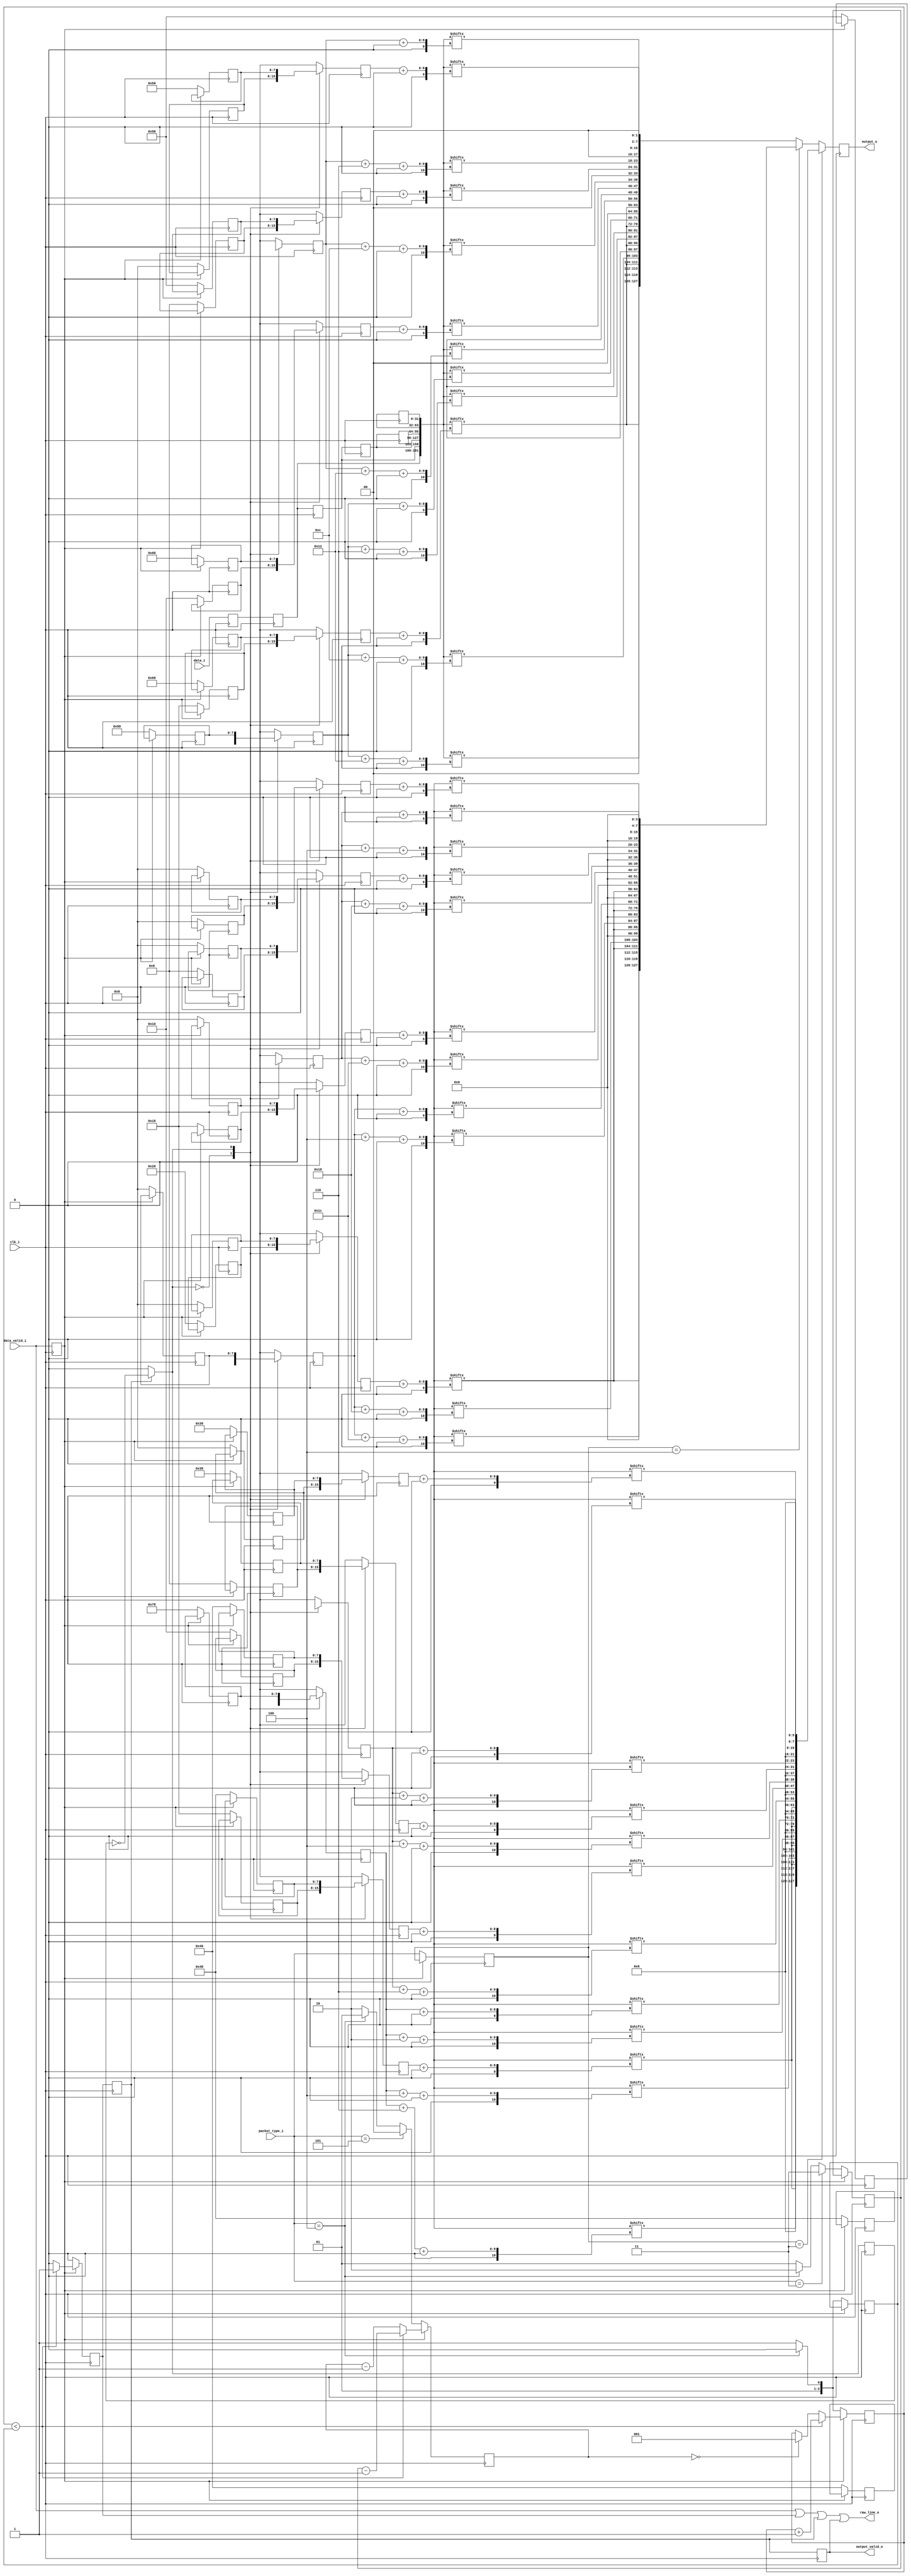
`timescale 1ns/1ns

/*
MIPI CSI RX to Parallel Bridge (c) by Gaurav Singh www.CircuitValley.com

MIPI CSI RX to Parallel Bridge is licensed under a
Creative Commons Attribution 3.0 Unported License.

You should have received a copy of the license along with this
work.  If not, see <http://creativecommons.org/licenses/by/3.0/>.
*/

/*
Receives 4 lane raw mipi bytes from packet decoder, rearrange bytes to output 8 pixel with max 16bit each 
output is few cycles delayed, because the way , MIPI RAW is packed 
output come in chunk on each clock cycle, output_valid_o remains active only while a chunk is outputted  while raw_line_o stays valid for whole line 
*/

module mipi_csi_rx_raw_depacker_8b4lane_8ppc #(parameter PIXEL_WIDTH=16)(clk_i,
										data_valid_i,
										data_i,
										packet_type_i,
										raw_line_o,
										output_valid_o,
										output_o);

localparam [7:0]MIPI_GEAR = 8;
localparam [3:0]LANES = 3'h4;
localparam [3:0]PIXEL_PER_CLK = 8;

localparam [7:0]MIPI_CSI_PACKET_10bRAW = 8'h2B;
localparam [7:0]MIPI_CSI_PACKET_12bRAW = 8'h2C;
localparam [7:0]MIPI_CSI_PACKET_14bRAW = 8'h2D;

input clk_i;
input data_valid_i;
input [((MIPI_GEAR * LANES) - 1'h1) : 0]data_i;
input [2:0]packet_type_i;

output reg output_valid_o;
output reg [((PIXEL_WIDTH * PIXEL_PER_CLK) - 1) :0]output_o;
output raw_line_o;

reg [7:0]index_table10_pixel_0[1:0];
reg [7:0]index_table10_pixel_1[1:0];
reg [7:0]index_table10_pixel_2[1:0];
reg [7:0]index_table10_pixel_3[1:0];
reg [7:0]index_table10_pixel_4[1:0];
reg [7:0]index_table10_pixel_5[1:0];
reg [7:0]index_table10_pixel_6[1:0];
reg [7:0]index_table10_pixel_7[1:0];
reg [7:0]index_table10_pixel_lsb1[1:0];
reg [7:0]index_table10_pixel_lsb2[1:0];

reg [7:0]index_table12_pixel_0[1:0];
reg [7:0]index_table12_pixel_1[1:0];
reg [7:0]index_table12_pixel_2[1:0];
reg [7:0]index_table12_pixel_3[1:0];
reg [7:0]index_table12_pixel_4[1:0];
reg [7:0]index_table12_pixel_5[1:0];
reg [7:0]index_table12_pixel_6[1:0];
reg [7:0]index_table12_pixel_7[1:0];
reg [7:0]index_table12_pixel_lsb1[1:0];
reg [7:0]index_table12_pixel_lsb2[1:0];

reg [7:0]index_table14_pixel_0[1:0];
reg [7:0]index_table14_pixel_1[1:0];
reg [7:0]index_table14_pixel_2[1:0];
reg [7:0]index_table14_pixel_3[1:0];
reg [7:0]index_table14_pixel_4[1:0];
reg [7:0]index_table14_pixel_5[1:0];
reg [7:0]index_table14_pixel_6[1:0];
reg [7:0]index_table14_pixel_7[1:0];
reg [7:0]index_table14_pixel_lsb1[3:0];
reg [7:0]index_table14_pixel_lsb2[3:0];

reg [7:0]offset10_pixel_0;
reg [7:0]offset10_pixel_1;
reg [7:0]offset10_pixel_2;
reg [7:0]offset10_pixel_3;
reg [7:0]offset10_pixel_4;
reg [7:0]offset10_pixel_5;
reg [7:0]offset10_pixel_6;
reg [7:0]offset10_pixel_7;
reg [7:0]offset10_pixel_lsb1;
reg [7:0]offset10_pixel_lsb2;

reg [7:0]offset12_pixel_0;
reg [7:0]offset12_pixel_1;
reg [7:0]offset12_pixel_2;
reg [7:0]offset12_pixel_3;
reg [7:0]offset12_pixel_4;
reg [7:0]offset12_pixel_5;
reg [7:0]offset12_pixel_6;
reg [7:0]offset12_pixel_7;
reg [7:0]offset12_pixel_lsb1;
reg [7:0]offset12_pixel_lsb2;

reg [7:0]offset14_pixel_0;
reg [7:0]offset14_pixel_1;
reg [7:0]offset14_pixel_2;
reg [7:0]offset14_pixel_3;
reg [7:0]offset14_pixel_4;
reg [7:0]offset14_pixel_5;
reg [7:0]offset14_pixel_6;
reg [7:0]offset14_pixel_7;
reg [7:0]offset14_pixel_lsb1;
reg [7:0]offset14_pixel_lsb2;

reg offset_index;

reg [((MIPI_GEAR * LANES) - 1'h1):0]last_data_i[5:0];
reg [2:0]byte_count;
reg [1:0]idle_count;

reg data_valid_reg;
reg [((MIPI_GEAR * LANES) - 1'h1):0]data_reg;
reg [2:0]burst_length_reg;
reg [1:0]idle_length_reg;
reg [2:0]packet_type_reg;

wire [2:0]burst_length;
wire [1:0]idle_length;
wire [((MIPI_GEAR * LANES * 4) - 1'h1) :0]pipe; //combined current and last input data byte, total 4 sample of input data are in pipe
wire [((MIPI_GEAR * LANES * 6) - 1'h1) :0]pipe14; //combined current and last input data byte, total 4 sample of input data are in pipe

reg [((PIXEL_WIDTH * PIXEL_PER_CLK) - 1'h1) :0]output_10b;
reg [((PIXEL_WIDTH * PIXEL_PER_CLK) - 1'h1) :0]output_12b;
reg [((PIXEL_WIDTH * PIXEL_PER_CLK) - 1'h1) :0]output_14b;
reg output_valid_reg;
reg output_valid_reg_2;


assign pipe10 = {data_reg , last_data_i[0], last_data_i[1], last_data_i[2]}; //would need last bytes as well as current data to get all pixels
assign pipe12 = {data_reg , last_data_i[0], last_data_i[1], last_data_i[2]}; //would need last bytes as well as current data to get all pixels
assign pipe14 = {data_reg , last_data_i[0], last_data_i[1], last_data_i[2], last_data_i[3], last_data_i[4], last_data_i[5]}; //would need last bytes as well as current data to get all pixels

//Data on mipi RAW lanes is packed, after unpacking speed grows so there is going to inactive and active part
//For RAW10 4+1 RAW12 2+1 RAW14 5+3
assign burst_length =  (packet_type_i == (MIPI_CSI_PACKET_12bRAW & 8'h07))? 8'd2:8'd3;  //active + 1

assign idle_length =  (packet_type_i == (MIPI_CSI_PACKET_10bRAW & 8'h07))? 3'd3: ((packet_type_i == (MIPI_CSI_PACKET_12bRAW & 8'h07))? 3'd2 : 3'd5); //inactive


assign raw_line_o = data_valid_i| output_valid_reg | output_valid_reg_2 | output_valid_o;

always @(*)
begin	
		output_10b[(PIXEL_WIDTH * 7)   	+: PIXEL_WIDTH] =    {pipe[offset10_pixel_3   	+:8],   pipe[(offset10_pixel_lsb2 +6) 		+:2],  {(PIXEL_WIDTH - 10){1'b0}}};          //lane 2 //add ( PIXEL_WIDTH - 10 ) padding in the LSbits
		output_10b[(PIXEL_WIDTH * 6)   	+: PIXEL_WIDTH] =    {pipe[offset10_pixel_3   	+:8],   pipe[(offset10_pixel_lsb2 +4) 		+:2],  {(PIXEL_WIDTH - 10){1'b0}}};          //lane 2 //add ( PIXEL_WIDTH - 10 ) padding in the LSbits
		output_10b[(PIXEL_WIDTH * 5)   	+: PIXEL_WIDTH] =    {pipe[offset10_pixel_3   	+:8],   pipe[(offset10_pixel_lsb2 +2) 		+:2],  {(PIXEL_WIDTH - 10){1'b0}}};          //lane 2 //add ( PIXEL_WIDTH - 10 ) padding in the LSbits
		output_10b[(PIXEL_WIDTH * 4)   	+: PIXEL_WIDTH] =    {pipe[offset10_pixel_3   	+:8],   pipe[ offset10_pixel_lsb2   		+:2],  {(PIXEL_WIDTH - 10){1'b0}}};          //lane 2 //add ( PIXEL_WIDTH - 10 ) padding in the LSbits
		output_10b[(PIXEL_WIDTH * 3)   	+: PIXEL_WIDTH] =    {pipe[offset10_pixel_3   	+:8],   pipe[(offset10_pixel_lsb1 +6) 		+:2],  {(PIXEL_WIDTH - 10){1'b0}}};          //lane 2 //add ( PIXEL_WIDTH - 10 ) padding in the LSbits
		output_10b[(PIXEL_WIDTH * 2)   	+: PIXEL_WIDTH] =    {pipe[offset10_pixel_2   	+:8],   pipe[(offset10_pixel_lsb1 +4) 		+:2],  {(PIXEL_WIDTH - 10){1'b0}}};          //lane 2 //add ( PIXEL_WIDTH - 10 ) padding in the LSbits
        output_10b[(PIXEL_WIDTH)   		+: PIXEL_WIDTH] =    {pipe[offset10_pixel_1   	+:8],   pipe[(offset10_pixel_lsb1 +2) 		+:2],  {(PIXEL_WIDTH - 10){1'b0}}};          //lane 2 //add ( PIXEL_WIDTH - 10 ) padding in the LSbits
        output_10b[0               		+: PIXEL_WIDTH] =    {pipe[offset10_pixel_0   	+:8],   pipe[offset10_pixel_lsb1     		+:2],  {(PIXEL_WIDTH - 10){1'b0}}};          //lane 1 first pixel on wire
        //RAW10 additional LSbits  are as follow [ pixel3 pixel2 pixel 1 pixel0]
        
		output_12b[(PIXEL_WIDTH * 7)   	+: PIXEL_WIDTH] =    {pipe[offset12_pixel_3 	+:8],   pipe[(offset12_pixel_lsb2 +28)   	+:4],  {(PIXEL_WIDTH - 12){1'b0}}};
		output_12b[(PIXEL_WIDTH * 6)   	+: PIXEL_WIDTH] =    {pipe[offset12_pixel_3 	+:8],   pipe[(offset12_pixel_lsb2 +24)   	+:4],  {(PIXEL_WIDTH - 12){1'b0}}};
		output_12b[(PIXEL_WIDTH * 5)   	+: PIXEL_WIDTH] =    {pipe[offset12_pixel_3 	+:8],   pipe[(offset12_pixel_lsb2 +4)   	+:4],  {(PIXEL_WIDTH - 12){1'b0}}};
		output_12b[(PIXEL_WIDTH * 4)   	+: PIXEL_WIDTH] =    {pipe[offset12_pixel_3 	+:8],   pipe[ offset12_pixel_lsb2    		+:4],  {(PIXEL_WIDTH - 12){1'b0}}};
		output_12b[(PIXEL_WIDTH * 3)   	+: PIXEL_WIDTH] =    {pipe[offset12_pixel_3 	+:8],   pipe[(offset12_pixel_lsb1 +28)   	+:4],  {(PIXEL_WIDTH - 12){1'b0}}};
        output_12b[(PIXEL_WIDTH * 2)   	+: PIXEL_WIDTH] =    {pipe[offset12_pixel_2 	+:8],   pipe[(offset12_pixel_lsb1 +24)   	+:4],  {(PIXEL_WIDTH - 12){1'b0}}};
        output_12b[(PIXEL_WIDTH)   		+: PIXEL_WIDTH] =    {pipe[offset12_pixel_1 	+:8],   pipe[(offset12_pixel_lsb1 +4)    	+:4],  {(PIXEL_WIDTH - 12){1'b0}}};
        output_12b[0               		+: PIXEL_WIDTH] =    {pipe[offset12_pixel_0 	+:8],   pipe[ offset12_pixel_lsb1       	+:4],  {(PIXEL_WIDTH - 12){1'b0}}};             //lane 1 first pixel on wire
        //RAW12 additional LSbits  are as follow [pixel 1 pixel0]
		
		output_14b[(PIXEL_WIDTH * 7)   	+: PIXEL_WIDTH] =    {pipe14[offset14_pixel_3 	+:8],   pipe14[(offset14_pixel_lsb2 +18)  	+:6],  {(PIXEL_WIDTH - 14){1'b0}}};
		output_14b[(PIXEL_WIDTH * 6)   	+: PIXEL_WIDTH] =    {pipe14[offset14_pixel_3 	+:8],   pipe14[(offset14_pixel_lsb2 +12)  	+:6],  {(PIXEL_WIDTH - 14){1'b0}}};
		output_14b[(PIXEL_WIDTH * 5)   	+: PIXEL_WIDTH] =    {pipe14[offset14_pixel_3 	+:8],   pipe14[(offset14_pixel_lsb2 +6)  	+:6],  {(PIXEL_WIDTH - 14){1'b0}}};
		output_14b[(PIXEL_WIDTH * 4)   	+: PIXEL_WIDTH] =    {pipe14[offset14_pixel_3 	+:8],   pipe14[ offset14_pixel_lsb2		 	+:6],  {(PIXEL_WIDTH - 14){1'b0}}};
		output_14b[(PIXEL_WIDTH * 3)   	+: PIXEL_WIDTH] =    {pipe14[offset14_pixel_3 	+:8],   pipe14[(offset14_pixel_lsb1 +18)  	+:6],  {(PIXEL_WIDTH - 14){1'b0}}};
		output_14b[(PIXEL_WIDTH * 2)   	+: PIXEL_WIDTH] =    {pipe14[offset14_pixel_2 	+:8],   pipe14[(offset14_pixel_lsb1 +12)  	+:6],  {(PIXEL_WIDTH - 14){1'b0}}};
        output_14b[(PIXEL_WIDTH)   		+: PIXEL_WIDTH] =    {pipe14[offset14_pixel_1 	+:8],   pipe14[(offset14_pixel_lsb1 +6)  	+:6],  {(PIXEL_WIDTH - 14){1'b0}}};
        output_14b[0               		+: PIXEL_WIDTH] =    {pipe14[offset14_pixel_0 	+:8],   pipe14[offset14_pixel_lsb1          +:6],  {(PIXEL_WIDTH - 14){1'b0}}};             //lane 1 first pixel on wire


end

always @(posedge clk_i)
begin
        if (packet_type_reg == (MIPI_CSI_PACKET_10bRAW & 8'h07))
        begin
                output_o <= output_10b;
        end
        else if (packet_type_reg == (MIPI_CSI_PACKET_12bRAW & 8'h07))
        begin
                output_o <= output_12b;
        end
        else // if (packet_type_i == (MIPI_CSI_PACKET_14bRAW & 8'h07))
        begin
                output_o <= output_14b;
        end

end


always @(posedge clk_i)
begin

                output_valid_reg_2 <= output_valid_reg;
                output_valid_o <= output_valid_reg_2;

                if (output_valid_reg_2)
                begin
                        offset_index = !offset_index ;
                end
                else
                begin
                        offset_index = 0;
                end



                offset10_pixel_0 <= index_table10_pixel_0[offset_index];
                offset10_pixel_1 <= index_table10_pixel_1[offset_index];
				offset10_pixel_2 <= index_table10_pixel_2[offset_index];
				offset10_pixel_3 <= index_table10_pixel_3[offset_index];
				offset10_pixel_4 <= index_table10_pixel_4[offset_index];
				offset10_pixel_5 <= index_table10_pixel_5[offset_index];
				offset10_pixel_6 <= index_table10_pixel_6[offset_index];
				offset10_pixel_7 <= index_table10_pixel_7[offset_index];
                offset10_pixel_lsb1 <= index_table10_pixel_lsb1[offset_index];
                offset10_pixel_lsb2 <= index_table10_pixel_lsb2[offset_index];
				
				
				offset12_pixel_0 <= index_table12_pixel_0[offset_index];
                offset12_pixel_1 <= index_table12_pixel_1[offset_index];
                offset12_pixel_2 <= index_table12_pixel_2[offset_index];
                offset12_pixel_3 <= index_table12_pixel_3[offset_index];
                offset12_pixel_4 <= index_table12_pixel_4[offset_index];
                offset12_pixel_5 <= index_table12_pixel_5[offset_index];
                offset12_pixel_6 <= index_table12_pixel_6[offset_index];
                offset12_pixel_7 <= index_table12_pixel_7[offset_index];
                offset12_pixel_lsb1 <= index_table12_pixel_lsb1[offset_index];
				offset12_pixel_lsb2 <= index_table12_pixel_lsb2[offset_index];
				
				
                offset14_pixel_0 <= index_table14_pixel_0[offset_index];
                offset14_pixel_1 <= index_table14_pixel_1[offset_index];
                offset14_pixel_2 <= index_table14_pixel_2[offset_index];
                offset14_pixel_3 <= index_table14_pixel_3[offset_index];
                offset14_pixel_4 <= index_table14_pixel_4[offset_index];
                offset14_pixel_5 <= index_table14_pixel_5[offset_index];
                offset14_pixel_6 <= index_table14_pixel_6[offset_index];
                offset14_pixel_7 <= index_table14_pixel_7[offset_index];
                offset14_pixel_lsb1 <= index_table14_pixel_lsb1[offset_index];
				offset14_pixel_lsb2 <= index_table14_pixel_lsb2[offset_index];


end

always @(posedge clk_i )
begin
	
        if (data_valid_reg)
        begin

                if (byte_count < (burst_length_reg))
                begin
                        byte_count <= byte_count + 1'd1;
                        idle_count <= idle_length_reg - 1'b1;

                        output_valid_reg <= 1'b1;

                end
                else
                begin
                        idle_count <= idle_count - 1'b1;
                        if (!idle_count)
                        begin
                                byte_count <= 4'b1;             //set to 1 to enable output_valid_o with next edge
                        end

                        output_valid_reg <= 1'h0;
                end


        end
        else
        begin

                byte_count <= burst_length;

                index_table10_pixel_0[0] <= 0;
                index_table10_pixel_1[0] <= 8;
                index_table10_pixel_2[0] <= 16;
                index_table10_pixel_3[0] <= 24;
                index_table10_pixel_4[0] <= 40;
                index_table10_pixel_5[0] <= 48;
                index_table10_pixel_6[0] <= 56;
                index_table10_pixel_7[0] <= 64;

                index_table10_pixel_0[1] <= 48;
                index_table10_pixel_1[1] <= 56;
                index_table10_pixel_2[1] <= 64;
                index_table10_pixel_3[1] <= 72;
                index_table10_pixel_4[1] <= 88;
                index_table10_pixel_5[1] <= 96;
                index_table10_pixel_6[1] <= 104;
                index_table10_pixel_7[1] <= 112;
				
                index_table10_pixel_lsb1[0] <= 32;
                index_table10_pixel_lsb1[0] <= 72;
				
                index_table10_pixel_lsb2[1] <= 80;
                index_table10_pixel_lsb2[1] <= 120;


                index_table12_pixel_0[0] <= 0;
                index_table12_pixel_1[0] <= 8;
                index_table12_pixel_2[0] <= 24;
                index_table12_pixel_3[0] <= 32;
                index_table12_pixel_4[0] <= 48;
                index_table12_pixel_5[0] <= 56;
                index_table12_pixel_6[0] <= 72;
                index_table12_pixel_7[0] <= 80;

                index_table12_pixel_0[1] <= 0;
                index_table12_pixel_1[1] <= 0;
                index_table12_pixel_2[1] <= 0;
                index_table12_pixel_3[1] <= 0;
                index_table12_pixel_4[1] <= 0;
                index_table12_pixel_5[1] <= 0;
                index_table12_pixel_6[1] <= 0;
                index_table12_pixel_7[1] <= 0;
				
                index_table12_pixel_lsb1[0] <= 16;
                index_table12_pixel_lsb1[0] <= 64;
				
                index_table12_pixel_lsb2[1] <= 0;
                index_table12_pixel_lsb2[1] <= 0;


                index_table14_pixel_0[0] <= 0;
                index_table14_pixel_1[0] <= 8;
                index_table14_pixel_2[0] <= 16;
                index_table14_pixel_3[0] <= 24;
                index_table14_pixel_4[0] <= 56;
                index_table14_pixel_5[0] <= 64;
                index_table14_pixel_6[0] <= 72;
                index_table14_pixel_7[0] <= 80;

                index_table14_pixel_0[1] <= 80;
                index_table14_pixel_1[1] <= 88;
                index_table14_pixel_2[1] <= 96;
                index_table14_pixel_3[1] <= 104;
                index_table14_pixel_4[1] <= 120;
                index_table14_pixel_5[1] <= 128;
                index_table14_pixel_6[1] <= 136;
                index_table14_pixel_7[1] <= 144;
				
                index_table14_pixel_lsb1[0] <= 32;
                index_table14_pixel_lsb1[0] <= 88;
				
                index_table14_pixel_lsb2[1] <= 112;
                index_table14_pixel_lsb2[1] <= 152;



                if (packet_type_i == (MIPI_CSI_PACKET_14bRAW & 8'h07))          // for 14bit need to wait for 3 sample while 12bit and 10bit only need 1 sample delay
                begin
                        idle_count <= 3'd4;
                end
                else  if (packet_type_i == (MIPI_CSI_PACKET_12bRAW & 8'h07)) 
				begin
						idle_count <= 3'd1;
				end
				else
                begin
                        idle_count <= 3'd2;     
                end

                output_valid_reg <= 1'h0;
                burst_length_reg <= burst_length;
                idle_length_reg <= idle_length;
                packet_type_reg <= packet_type_i;
        end
end

always @(posedge clk_i)
begin
                data_valid_reg <= data_valid_i;
                data_reg <= data_i;

                last_data_i[0] <= data_reg;
                last_data_i[1] <= last_data_i[0];
                last_data_i[2] <= last_data_i[1];
				last_data_i[3] <= last_data_i[2];
				last_data_i[5] <= last_data_i[4];

end

endmodule